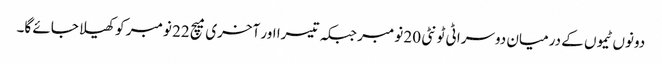
دونوں ٹیموں کے درمیان دوسرا ٹی ٹونٹی 20 نومبر جبکہ تیسرا اور آخری میچ 22 نومبر کو کھیلا جائے گا۔